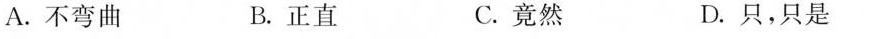
A.不弯曲 B.正直 C.竟然 D.只，只是